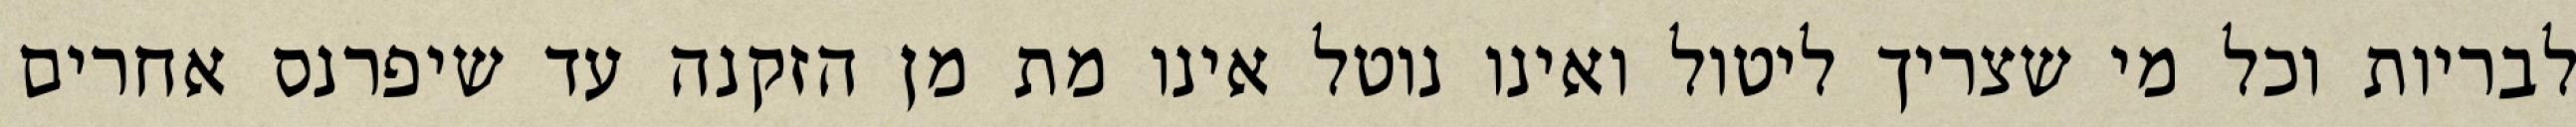
לבריות וכל מי שצריך ליטול ואינו נוטל אינו מת מן הזקנה עד שיפרנס אחרים